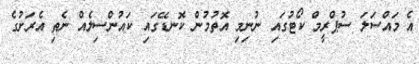
އެ މައްސަލަ ސުޕްރީމް ކޯޓުގައި ނުނިމި އޮތުމުން ކޮނޑޭގައި ކައުންސިލެއް ނެތި އެރަށުގެ